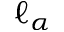
\ell _ { \alpha }